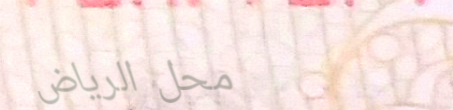
محل الرياض